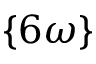
\{ 6 \omega \}